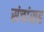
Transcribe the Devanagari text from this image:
संचांसह